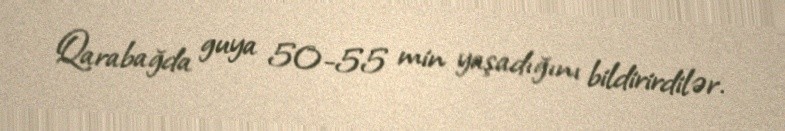
Qarabağda guya 50-55 min yaşadığını bildirirdilər.